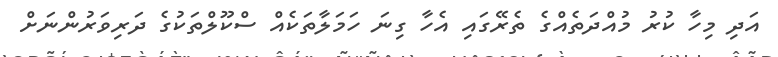
އަދި މިހާ ކުރު މުއްދަތެއްގެ ތެރޭގައި އެހާ ގިނަ ހަމަލާތަކެއް ސްކޫލްތަކުގެ ދަރިވަރުންނަށް